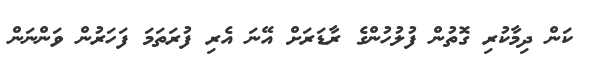
ކަން ދިމާކުރި ގޮތުން ފުލުހުންގެ ރާޑަރަށް އޭނަ އެރި ފުރަތަމަ ފަހަރުން ވަންނަން